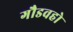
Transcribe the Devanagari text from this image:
गौडवहो